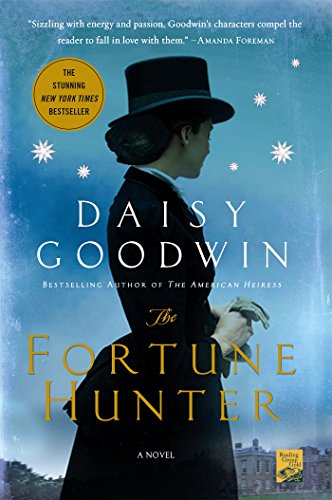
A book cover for The Fortune Hunter: A Novel; Daisy Goodwin; Literature & Fiction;